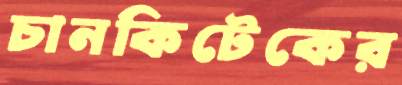
চানকিটেকের